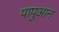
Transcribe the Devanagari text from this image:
पापुआन